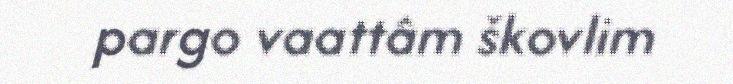
pargo vaattâm škovlim